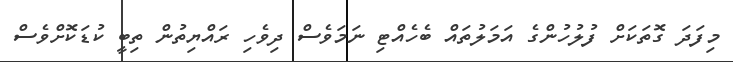
މިފަދަ ގޮތަކަށް ފުލުހުންގެ އަމަލުތައް ބެހެއްޓި ނަމަވެސް ދިވެހި ރައްޔިތުން ތިބީ ކުޑަކޮށްވެސް